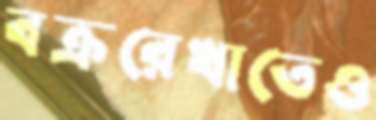
বক্ররেখাতেও